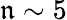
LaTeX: \mathfrak{n}\sim5